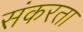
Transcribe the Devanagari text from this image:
संकरता